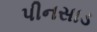
પીનસાડ